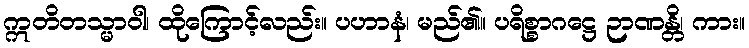
ဣတိတသ္မာဝါ၊ ထိုကြောင့်လည်း။ ပဟာနံ၊ မည်၏။ ပရိစ္စာဂဋ္ဌေ ဉာဏန္တိ၊ ကား။